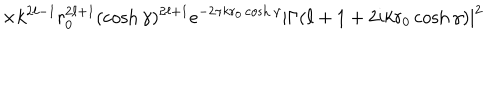
\times k ^ { 2 \ell - 1 } r _ { 0 } ^ { 2 \ell + 1 } ( \cosh \gamma ) ^ { 2 \ell + 1 } e ^ { - 2 \pi k r _ { 0 } \cosh \gamma } | \Gamma ( \ell + 1 + 2 i k r _ { 0 } \cosh \gamma ) | ^ { 2 }